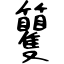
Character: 籰